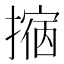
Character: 𢴀